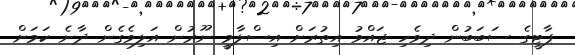
ޕާޓީގެ ސަބަބުން ދިވެހި ޖައްވު އިތުރަށް އިސްލާމީ ނޫރުން އަލިވެގެން ދާނެ ކަމަށް